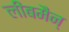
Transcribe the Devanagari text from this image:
लीबमैन्